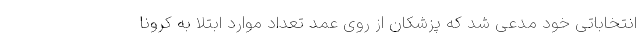
انتخاباتی خود مدعی شد که پزشکان از روی عمد تعداد موارد ابتلا به کرونا